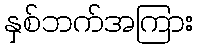
နှစ်ဘက်အကြား